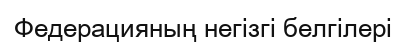
Федерацияның негізгі белгілері